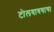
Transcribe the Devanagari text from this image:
टोलवावयाचा